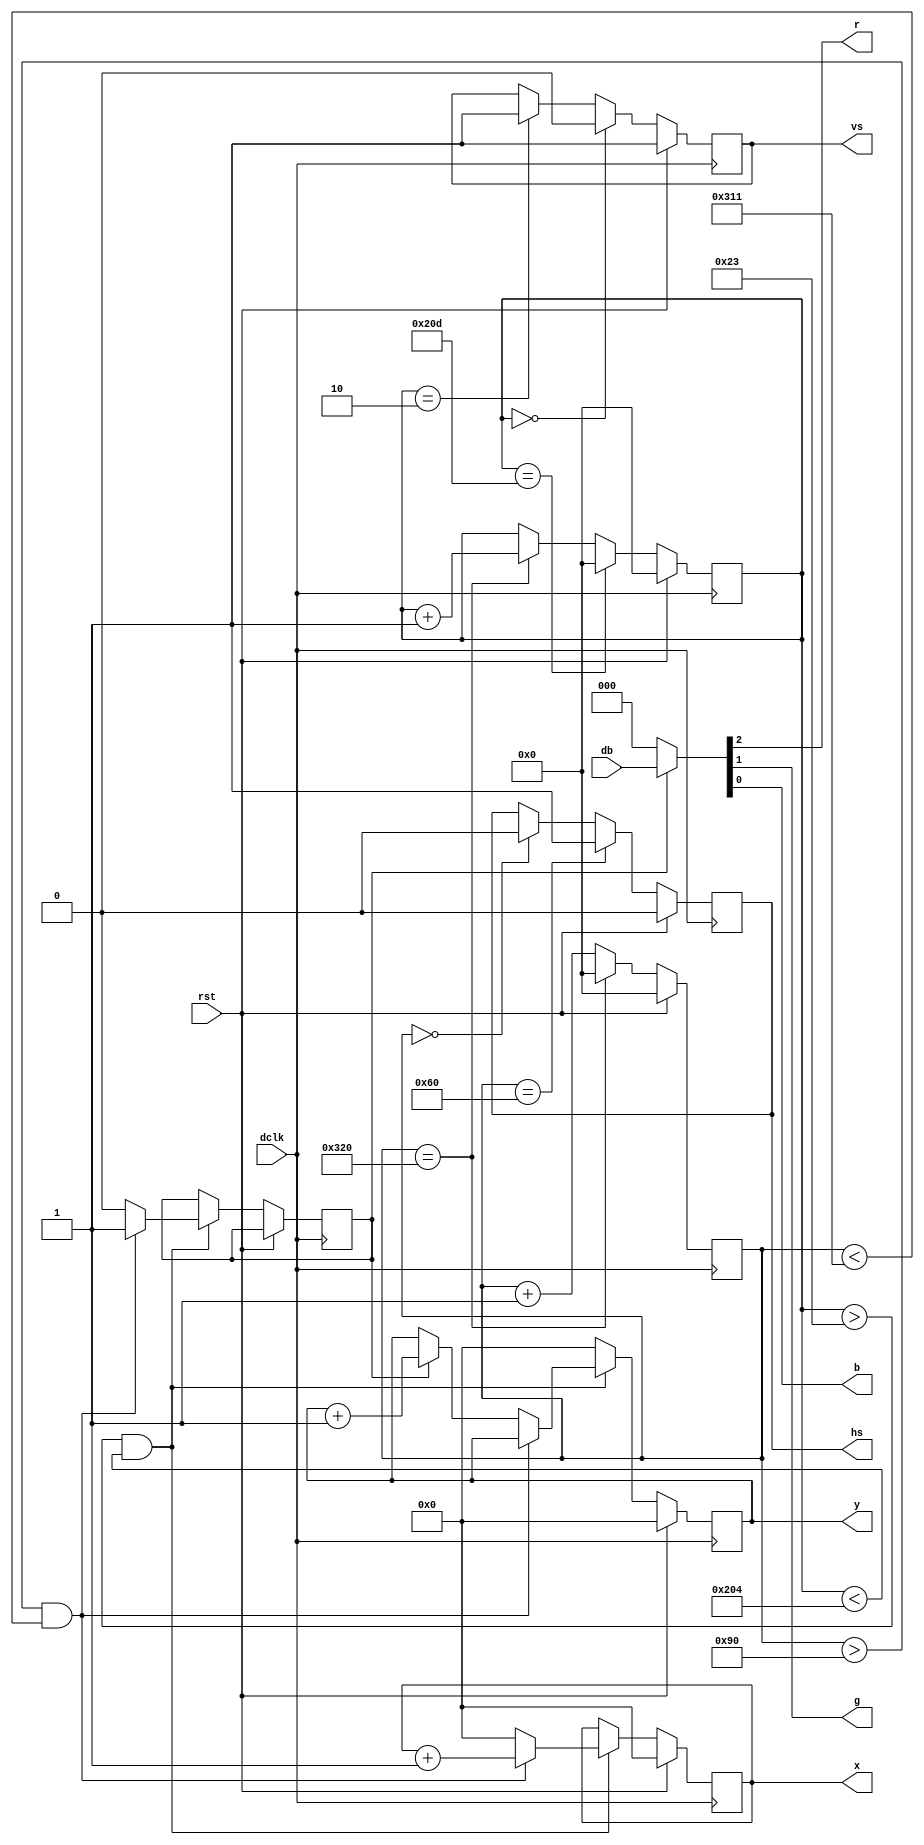
module vga(rst,dclk,db,r,g,b,hs,vs,x,y);
input dclk,rst;
input [2:0] db;
output r;
output g;
output b;
output reg hs,vs;
output reg [9:0] x,y;
reg [18:0] addr;
reg [10:0] count_v,count_h;
reg flag;

assign {r,g,b} = (flag == 1 ? db : 0);
always@(posedge dclk) begin
	if(rst)
		begin count_h <= 0;count_v <= 0;hs <= 0;vs <= 1;x <= 0;y <= 0;end
	else begin
		if (count_h == 800) count_h <= 0;
		else count_h <= count_h + 1;
		
		if (count_v == 525) count_v <= 0;
		else if (count_h == 800) count_v <= count_v + 1;
		
		if (count_h == 0) hs <= 0;
		if (count_v == 2) vs <= 1;
		if (count_h == 96) hs <= 1;
		if (count_v == 0) vs <= 0;
		
		if (count_v > 2+33 && count_v < 525-10+1) begin
			if ((count_h > 96+48) && (count_h < 800-16+1)) begin//start dispaly color
				flag <= 1;
				addr <= addr + 1;//deleted?
				x <= x + 1;
			end
			else begin
				flag <= 0;
				x <= 0;
				if(flag) y <= y + 1;
			end
		end
		else begin
			addr <= 0;
			y <= 0;
		end
	end
end
endmodule